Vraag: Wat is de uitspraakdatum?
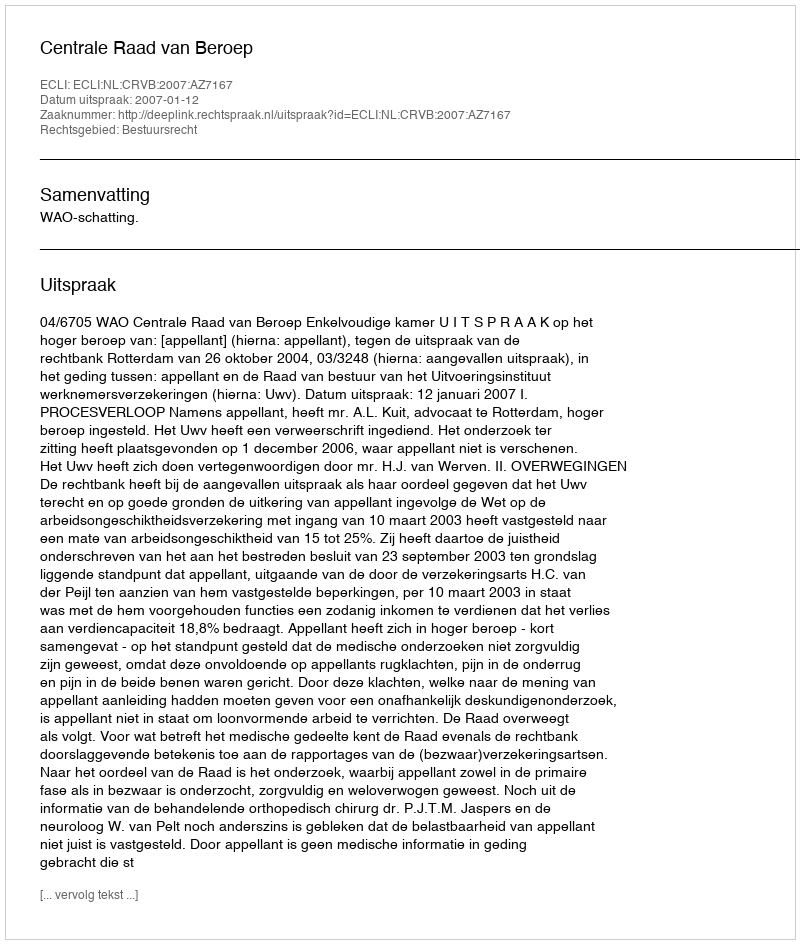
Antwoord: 2007-01-12